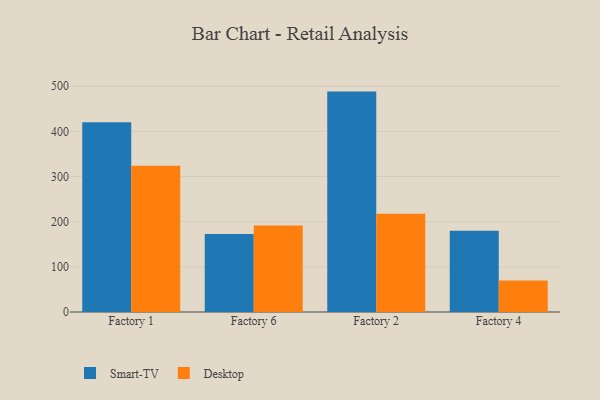
{"axis": {"x": "Factory", "y": "Temperature (°C)"}, "legend": ["Desktop", "Smart-TV"], "data": [{"x": "Factory 1", "y": 420.1, "type": "Smart-TV"}, {"x": "Factory 1", "y": 323.8, "type": "Desktop"}, {"x": "Factory 6", "y": 172.6, "type": "Smart-TV"}, {"x": "Factory 6", "y": 191.3, "type": "Desktop"}, {"x": "Factory 2", "y": 487.9, "type": "Smart-TV"}, {"x": "Factory 2", "y": 217.5, "type": "Desktop"}, {"x": "Factory 4", "y": 179.9, "type": "Smart-TV"}, {"x": "Factory 4", "y": 70.0, "type": "Desktop"}]}